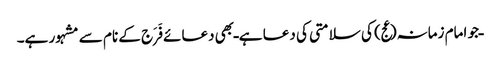
ـ جو امام زمانہ(عج) کی سلامتی کی دعا ہے ـ بھی دعائے فَرَج کے نام سے مشہور ہے۔